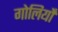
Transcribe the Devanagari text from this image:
गोलियोँ